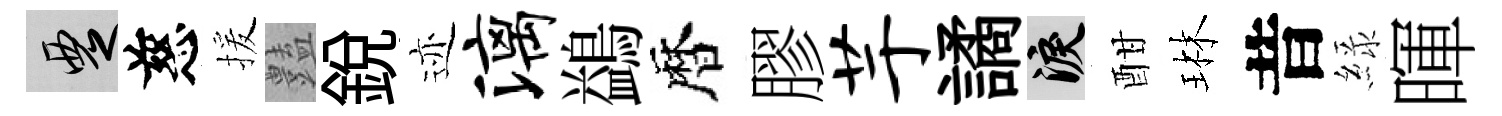
覂慈援𧰟銳迹漓鷁暦膠芋譎泪酣琳昔緑暉